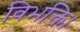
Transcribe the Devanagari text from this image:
विभक्ति।